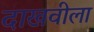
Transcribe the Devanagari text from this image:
दाखवीला